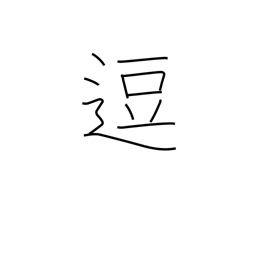
Meaning: stop